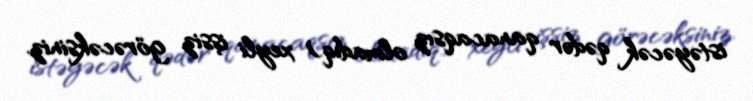
istəyəcək qədər qanacaqsız olmadıq) xeyli işsiz görəcəksiniz.